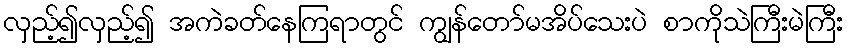
လှည့်၍လှည့်၍ အကဲခတ်နေကြရာတွင် ကျွန်တော်မအိပ်သေးပဲ စာကိုသဲကြီးမဲကြီး